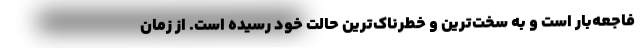
فاجعه‌بار است و به سخت‌ترین و خطرناک‌ترین حالت خود رسیده است. از زمان